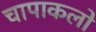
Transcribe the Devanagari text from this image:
चापाकलो